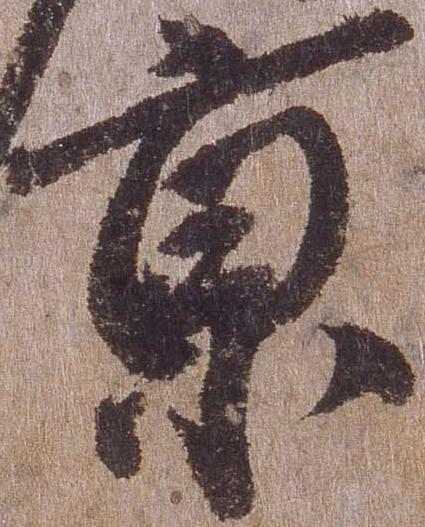
京